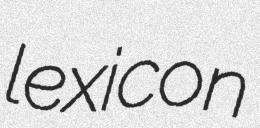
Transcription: lexicon